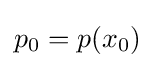
p_{0}=p(x_{0})